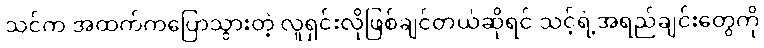
သင်က အထက်ကပြောသွားတဲ့ လူရှင်းလိုဖြစ်ချင်တယ်ဆိုရင် သင့်ရဲ့အရည်ချင်းတွေကို